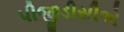
પીજીડીસીએ